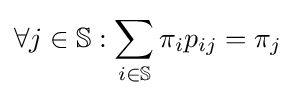
\forall j\in \mathbb {S} :\sum _{i\in \mathbb {S} }\pi _{i}p_{ij}=\pi _{j}